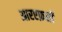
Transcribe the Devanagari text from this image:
आरएफ़सी